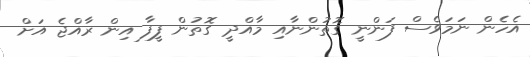
އެހެން ނަމަވެސް ފަންނީ ގޮތުންނާއި މާއްދީ ގޮތުން ފީފާ އިން ރާއްޖެ އަށް